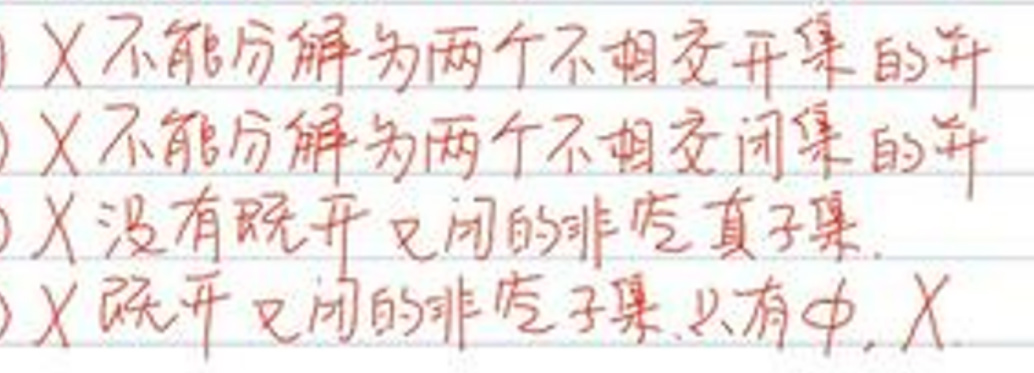
1. $X$不能分解为两个不相交开集的并
2. $X$不能分解为两个不相交闭集的并
3. $X$没有既开又闭的非空真子集.
4. $X$既开又闭的非空子集只有$\varnothing,X$